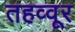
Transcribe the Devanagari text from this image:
तहव्वूर